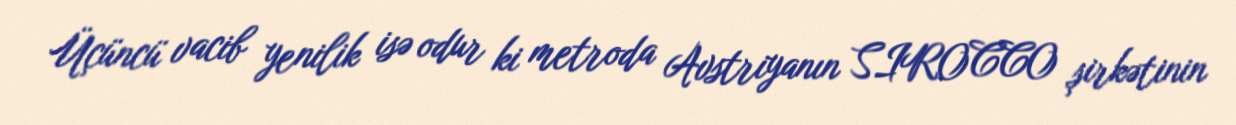
Üçüncü vacib yenilik isə odur ki metroda Avstriyanın SIROCCO şirkətinin